Report of the Indian Hemp Drugs Commission, 1894-1895 - Volume II
Year: 1894
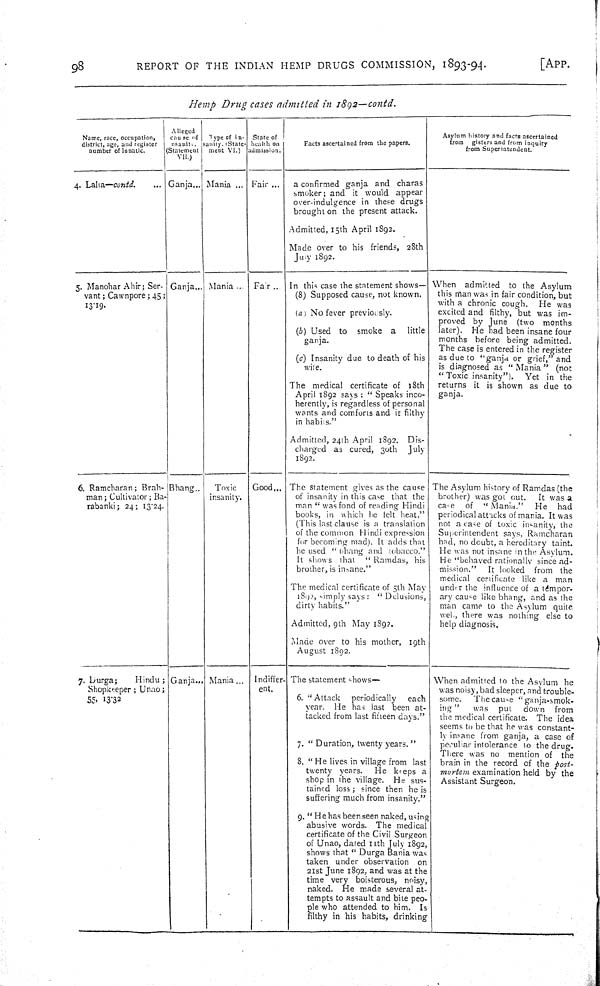
98
REPORT OF THE INDIAN HEMP DRUGS COMMISSION, 1893-94.
[APP.
Hemp Drug cases admitted in 1892—contd.
Name, race, occupation,
district, age, and register
number of lunatic.
Alleged
cause of
insanity.
(Statement
VII.)
Type of in-
sanity. (State-
ment VI.)
State of
health on
admission.
Facts ascertained from the papers.
Asylum history and facts ascertained
from gisters and from inquiry
from Superintendent.
4. Lalta—contd.
Ganja
Mania
Fair
a confirmed ganja and charas
smoker; and it would appear
over-indulgence in these drugs
brought on the present attack.
Admitted, 15th April 1892.
Made over to his friends, 28th
July 1892.
5. Manohar Ahir; Ser-
vant; Cawnpore; 45;
13.19.
Ganja
Mania
Fair
In this case the statement shows—
(8) Supposed cause, not known.
(a) No fever previously.
(b) Used to smoke a
little
ganja.
(c) Insanity due to death of his
wife.
The medical certificate of 18th
April 1892 says: "Speaks inco-
herently, is regardless of personal
wants and comforts and is filthy
in habits."
Admitted, 24th April 1892. Dis-
charged as cured, 30th
July
1892.
When admitted to the Asylum
this man was in fair condition, but
with a chronic cough. He was
excited and filthy, but was im-
proved by June (two months
later). He had been insane four
months before being admitted.
The case is entered in the register
as due to "ganja or grief," and
is diagnosed as "Mania" (not
"Toxic insanity").
Yet in the
returns it is shown as due to
ganja.
6. Ramcharan; Brah-
man; Cultivator; Ba-
rabanki; 24; 13.24.
Bhang
Toxic
insanity.
Good
The statement gives as the cause
of insanity in this case that the
man "was fond of reading Hindi
books, in which he felt heat."
(This last clause is a translation
of the common Hindi expression
for becoming mad). It adds that
he used "bhang and tobacco."
It shows that
"Ramdas, his
brother, is insane."
The medical certificate of 5th May
1892, simply says: "Delusions,
dirty habits."
Admitted, 9th May 1892.
Made over to his mother, 19th
August 1892.
The Asylum history of Ramdas (the
brother) was got out.
It was a
case of
"Mania."
He
had
periodical attacks of mania. It was
not a case of toxic insanity, the
Superintendent says, Ramcharan
had, no doubt, a hereditary taint.
He was not insane in the Asylum.
He "behaved rationally since ad-
mission."
It looked from the
medical certificate like a man
under the influence of a tempor-
ary cause like bhang, and as the
man came to the Asylum quite
wel, there was nothing else to
help diagnosis.
7. Lurga;
Hindu;
Shopkeeper; Unao;
55. 13.32
Ganja
Mania
Indiffer-
ent.
The statement shows—
6. "Attack
periodically
each
year. He has last been at-
tacked from last fifteen days."
7. "Duration, twenty years. "
8. "He lives in village from last
twenty years.
He keeps a
shop in the village. He sus-
tained loss; since then he is
suffering much from insanity."
9. "He has been seen naked, using
abusive words. The medical
certificate of the Civil Surgeon
of Unao, dated 11th July 1892,
shows that "Durga Bania was
taken under observation on
21st June 1892, and was at the
time very boisterous, noisy,
naked. He made several at-
tempts to assault and bite peo-
ple who attended to him. Is
filthy in his habits, drinking
When admitted to the Asylum he
was noisy, bad sleeper, and trouble-
some.
The cause "ganja-smok-
ing"
was put
down
from
the medical certificate. The idea
seems to be that he was constant-
ly insane from ganja, a case of
peculiar intolerance to the drug.
There was no mention of the
brain in the record of the post-
mortem examination held by the
Assistant Surgeon.